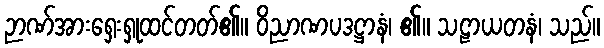
ဉာဏ်အားရှေးရှုထင်တတ်၏။ ဝိညာဏပဒဋ္ဌာနံ၊ ၏။ သဠာယတနံ၊ သည်။